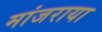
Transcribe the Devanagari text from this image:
मांजराया